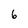
Character: 6